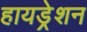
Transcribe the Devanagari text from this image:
हायड्रेशन